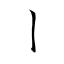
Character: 丨